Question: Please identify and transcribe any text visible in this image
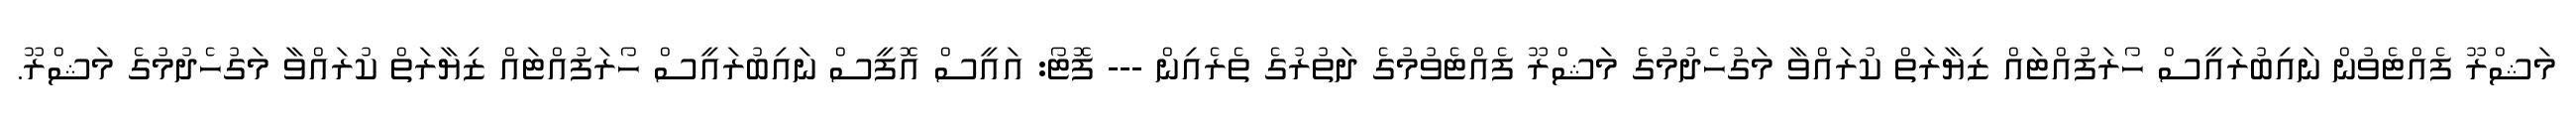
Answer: މަޝްރޫ ފެއްޓެވުން ނައިބުރައީސް ހޯރަފުއްޓައް ޒިޔާރަތް ކުރައްވާ މަގުހެދުމުގެ މަޝްރޫ ފެއްޓެވުމުގެ ދަތުރުގެ ތެރެއިން --- ފޮޓޯ: އައީސް އޮފީސް ނައިބުރައީސް ހޯރަފުއްޓައް ޒިޔާރަތް ކުރައްވާ މަގުހެދުމުގެ މަޝްރޫ.